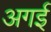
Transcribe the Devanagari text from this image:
अगई